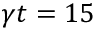
\gamma t = 1 5